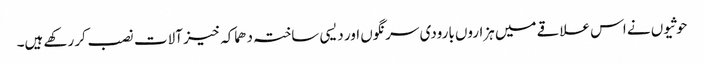
حوثیوں نے اس علاقے میں ہزاروں بارودی سرنگوں اور دیسی ساختہ دھماکہ خیز آلات نصب کر رکھے ہیں۔